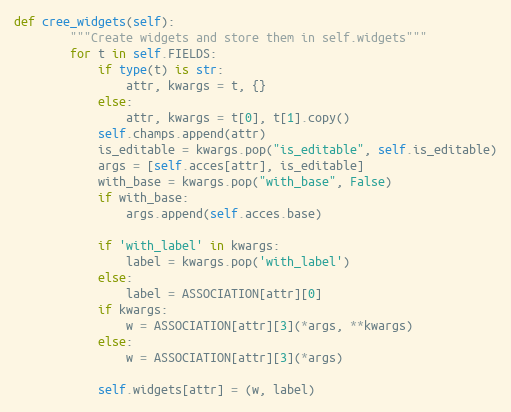
Language: Python
def cree_widgets(self):
        """Create widgets and store them in self.widgets"""
        for t in self.FIELDS:
            if type(t) is str:
                attr, kwargs = t, {}
            else:
                attr, kwargs = t[0], t[1].copy()
            self.champs.append(attr)
            is_editable = kwargs.pop("is_editable", self.is_editable)
            args = [self.acces[attr], is_editable]
            with_base = kwargs.pop("with_base", False)
            if with_base:
                args.append(self.acces.base)

            if 'with_label' in kwargs:
                label = kwargs.pop('with_label')
            else:
                label = ASSOCIATION[attr][0]
            if kwargs:
                w = ASSOCIATION[attr][3](*args, **kwargs)
            else:
                w = ASSOCIATION[attr][3](*args)

            self.widgets[attr] = (w, label)